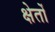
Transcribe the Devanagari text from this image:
क्षेतों